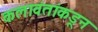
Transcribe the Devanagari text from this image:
कलावंतांकडून